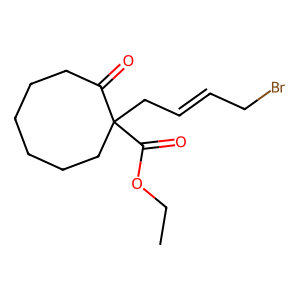
SMILES: CCOC(=O)C1(CC=CCBr)CCCCCCC1=O
Inhibits HIV replication: No